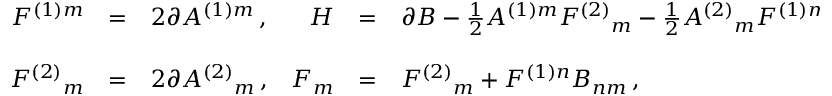
\begin{array} { r c l r c l } { { F ^ { ( 1 ) m } } } & { { = } } & { { 2 \partial A ^ { ( 1 ) m } \, , } } & { { H } } & { { = } } & { { \partial B - { \textstyle \frac { 1 } { 2 } } A ^ { ( 1 ) m } F ^ { ( 2 ) } { } _ { m } - { \textstyle \frac { 1 } { 2 } } A ^ { ( 2 ) } { } _ { m } F ^ { ( 1 ) m } \, , } } \\ { { } } & { { } } & { { } } & { { } } & { { } } & { { } } \\ { { F ^ { ( 2 ) } { } _ { m } } } & { { = } } & { { 2 \partial A ^ { ( 2 ) } { } _ { m } \, , } } & { { { \cal F } _ { m } } } & { { = } } & { { F ^ { ( 2 ) } { } _ { m } + F ^ { ( 1 ) n } B _ { n m } \, , } } \end{array}